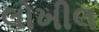
લોખીલ